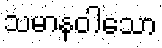
သမာနဝါသော